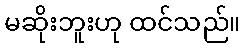
မဆိုးဘူးဟု ထင်သည်။